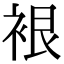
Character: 裉